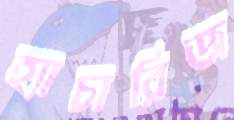
হ্যাচারিজ